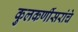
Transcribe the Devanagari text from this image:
कुलकर्णीसरांचे